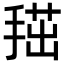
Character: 𢱞